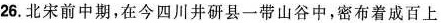
26. 北宋前中期，在今四川井研县一带山谷中，密布着成百上